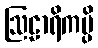
ဩဠာရိကမ္ပိ